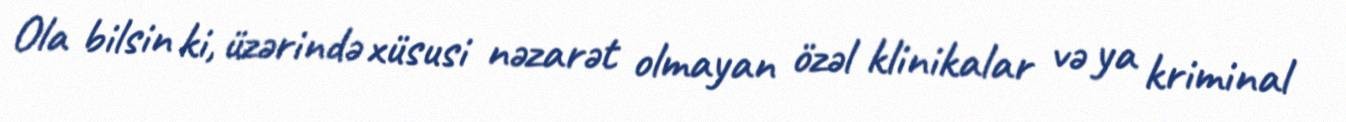
Ola bilsin ki, üzərində xüsusi nəzarət olmayan özəl klinikalar və ya kriminal